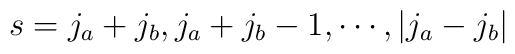
s=j_a+j_b, j_a+j_b-1,\cdots,|j_a-j_b|